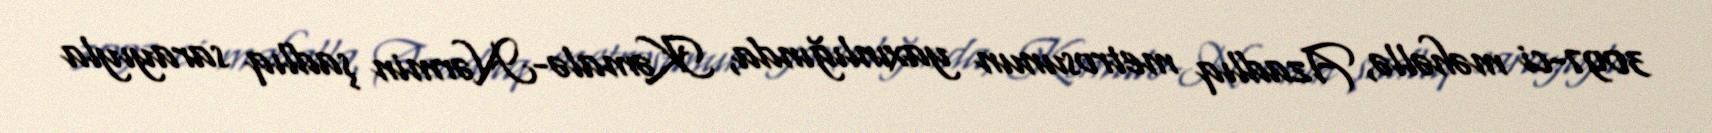
3097-ci məhəllə, Azadlıq metrosunun yaxınlığında, Kəmalə-Nərmin şadlıq sarayıyla